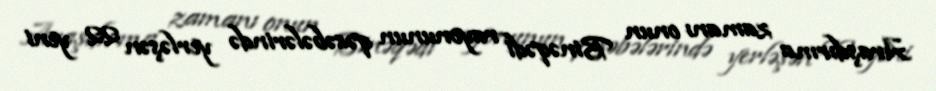
Araşdırma zamanı onun Binəqədi rayonunun qəsəbələrində yerləşən 22 yeni